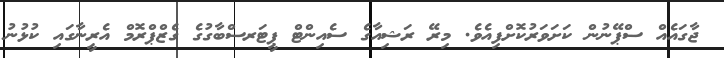
ޖާގައެއް ސްޕޭނުން ކަށަވަރުކޮށްފިއެވެ. މިރޭ ރަޝިއާގެ ސެއިންޓް ޕީޓަރސްބާގުގެ ގެޒްޕްރޮމް އެރީނާގައި ކުޅުނު